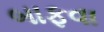
બાફવા